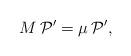
LaTeX: \begin{align*}M \, \mathcal P^{\prime} = \mu \, \mathcal P^{\prime} ,\end{align*}